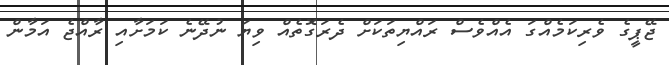
ޖޭޕީގެ ވެރިކަމެއްގަ އެއްވެސް ރައްޔިތަކަށް ދެރަގޮތެއް ވިޔަ ނުދޭނެ ކަމަށާއި ރާއްޖެ އަމާން